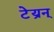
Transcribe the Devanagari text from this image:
टेय्रन्